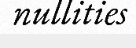
nullities